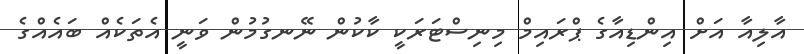
އާލިއާ އަށް އިންޑިއާގެ ޕްރައިމް މިނިސްޓަރަކީ ކާކުން ނޭނގުމުން ވަނީ އެތަކެއް ބައެއްގެ